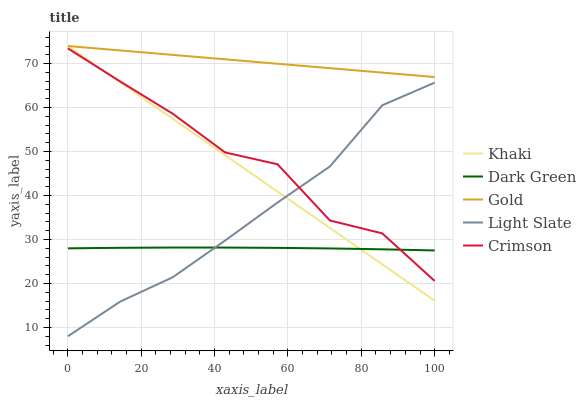
| xaxis_label | Khaki | Dark Green | Gold | Light Slate | Crimson |
 | --- | --- | --- | --- | --- | --- |
 | 0 | 74 | 28 | 74 | 8 | 73.5 |
 | 14.3 | 65.7 | 28.1 | 73 | 15.9 | 65.9 |
 | 28.6 | 57.4 | 28.2 | 72 | 21.4 | 58.6 |
 | 42.9 | 49.2 | 28.2 | 71 | 29.8 | 49.8 |
 | 57.1 | 40.9 | 28.1 | 70 | 38.4 | 47.1 |
 | 71.4 | 32.6 | 28 | 69 | 46.6 | 34.3 |
 | 85.7 | 24.3 | 27.8 | 68 | 60.5 | 31.4 |
 | 100 | 16.1 | 27.5 | 66.9 | 65.7 | 20.6 |